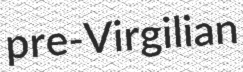
pre-Virgilian